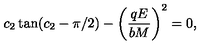
c _ { 2 } \tan ( c _ { 2 } - \pi / 2 ) - \left( \frac { q E } { b M } \right) ^ { 2 } = 0 ,